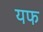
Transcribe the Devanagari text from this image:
यफ